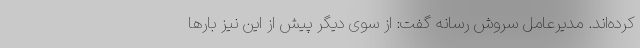
کرده‌اند. مدیرعامل سروش رسانه گفت: از سوی دیگر پیش از این نیز بارها